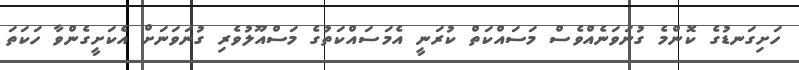
ހަށިގަނޑުގެ ކޮންމެ ގުނަވަނެއްވެސް މަސައްކަތް ކުރަނީ އެމަސައްކަތުގެ މަސްއޫލުވެރި ގުނަވަނަށް އެކަށީގެންވާ ހަކަތަ